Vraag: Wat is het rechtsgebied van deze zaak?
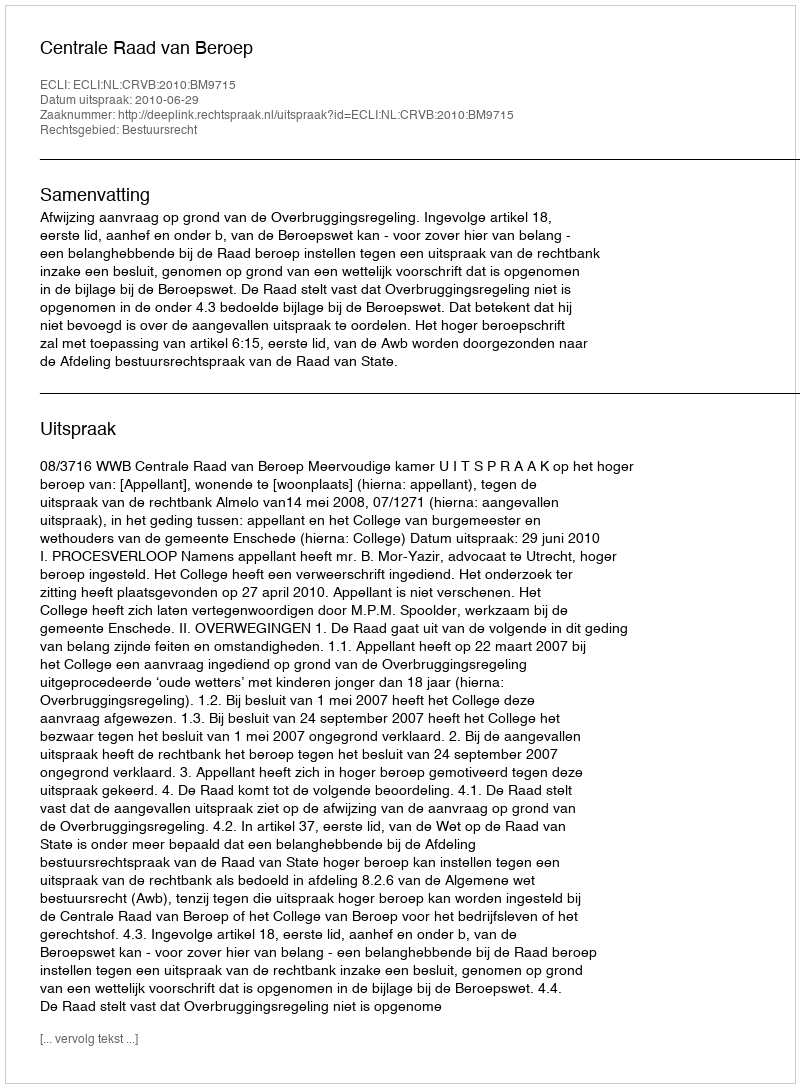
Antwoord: Bestuursrecht